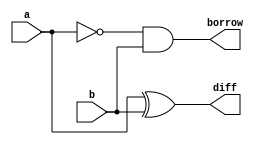
// Code your design here
module hs(a, b, diff, borrow);
input a;
input b;
output diff;
output borrow;
assign borrow=(~a)&b;                           
assign diff=a^b;                             
endmodule